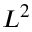
L ^ { 2 }